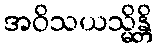
အဝိသယသ္မိန္တိ